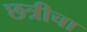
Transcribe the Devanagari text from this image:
छत्रीचा